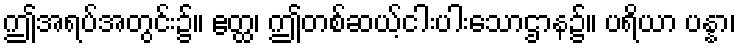
ဤအရပ်အတွင်း၌။ ဧတ္ထ၊ ဤတစ်ဆယ့်ငါးပါးသောဌာန၌။ ပရိယာ ပန္နာ၊